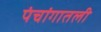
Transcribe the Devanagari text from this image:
पंचांगातली